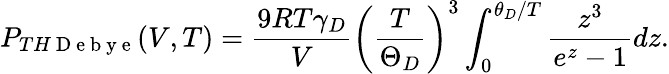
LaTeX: P_{TH\mathrm{~D~e~b~y~e~}}(V,T)=\frac{9RT\gamma_{D}}{V}\left(\frac{T}{\Theta_{D}}\right)^{3}\int_{0}^{\theta_{D}/T}\frac{z^{3}}{e^{z}-1}dz.